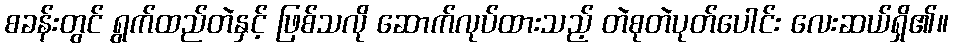
စခန်းတွင် ရွက်ထည်တဲနှင့် ဖြစ်သလို ဆောက်လုပ်ထားသည့် တဲစုတဲပုတ်ပေါင်း လေးဆယ်ရှိ၏။